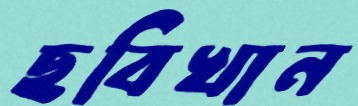
ছবিখান